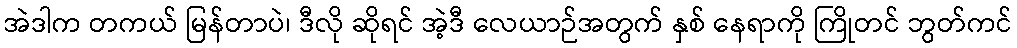
အဲဒါက တကယ် မြန်တာပဲ၊ ဒီလို ဆိုရင် အဲ့ဒီ လေယာဉ်အတွက် နှစ် နေရာကို ကြိုတင် ဘွတ်ကင်